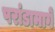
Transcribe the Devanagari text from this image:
परांडामार्गे